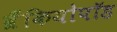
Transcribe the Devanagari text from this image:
ब्रैंकियोपॉड